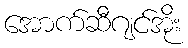
အောက်ဆီဂျင်အိုး